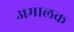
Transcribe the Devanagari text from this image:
अमालक